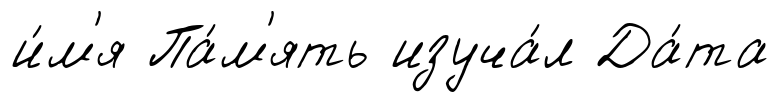
и́м'я Па́м'ять изуча́л Да́та